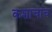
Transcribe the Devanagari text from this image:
कशाचाच